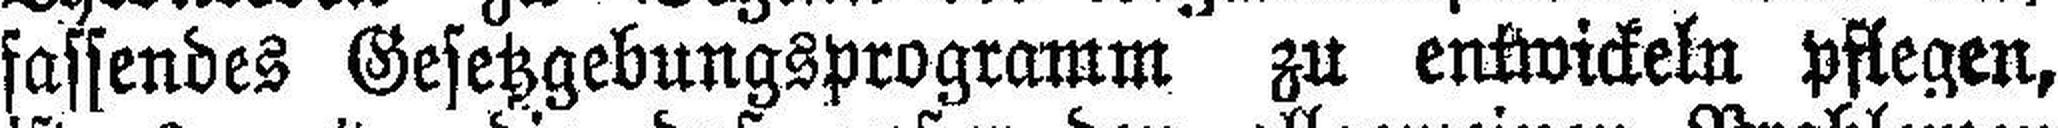
fassendes Gesetzgebungsprogramm zu entwickeln pflegen,